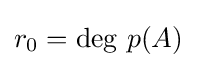
r_{0}=\deg \,p(A)